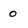
Character: 0